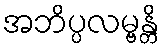
အဘိပ္ပလမ္ဗန္တိ